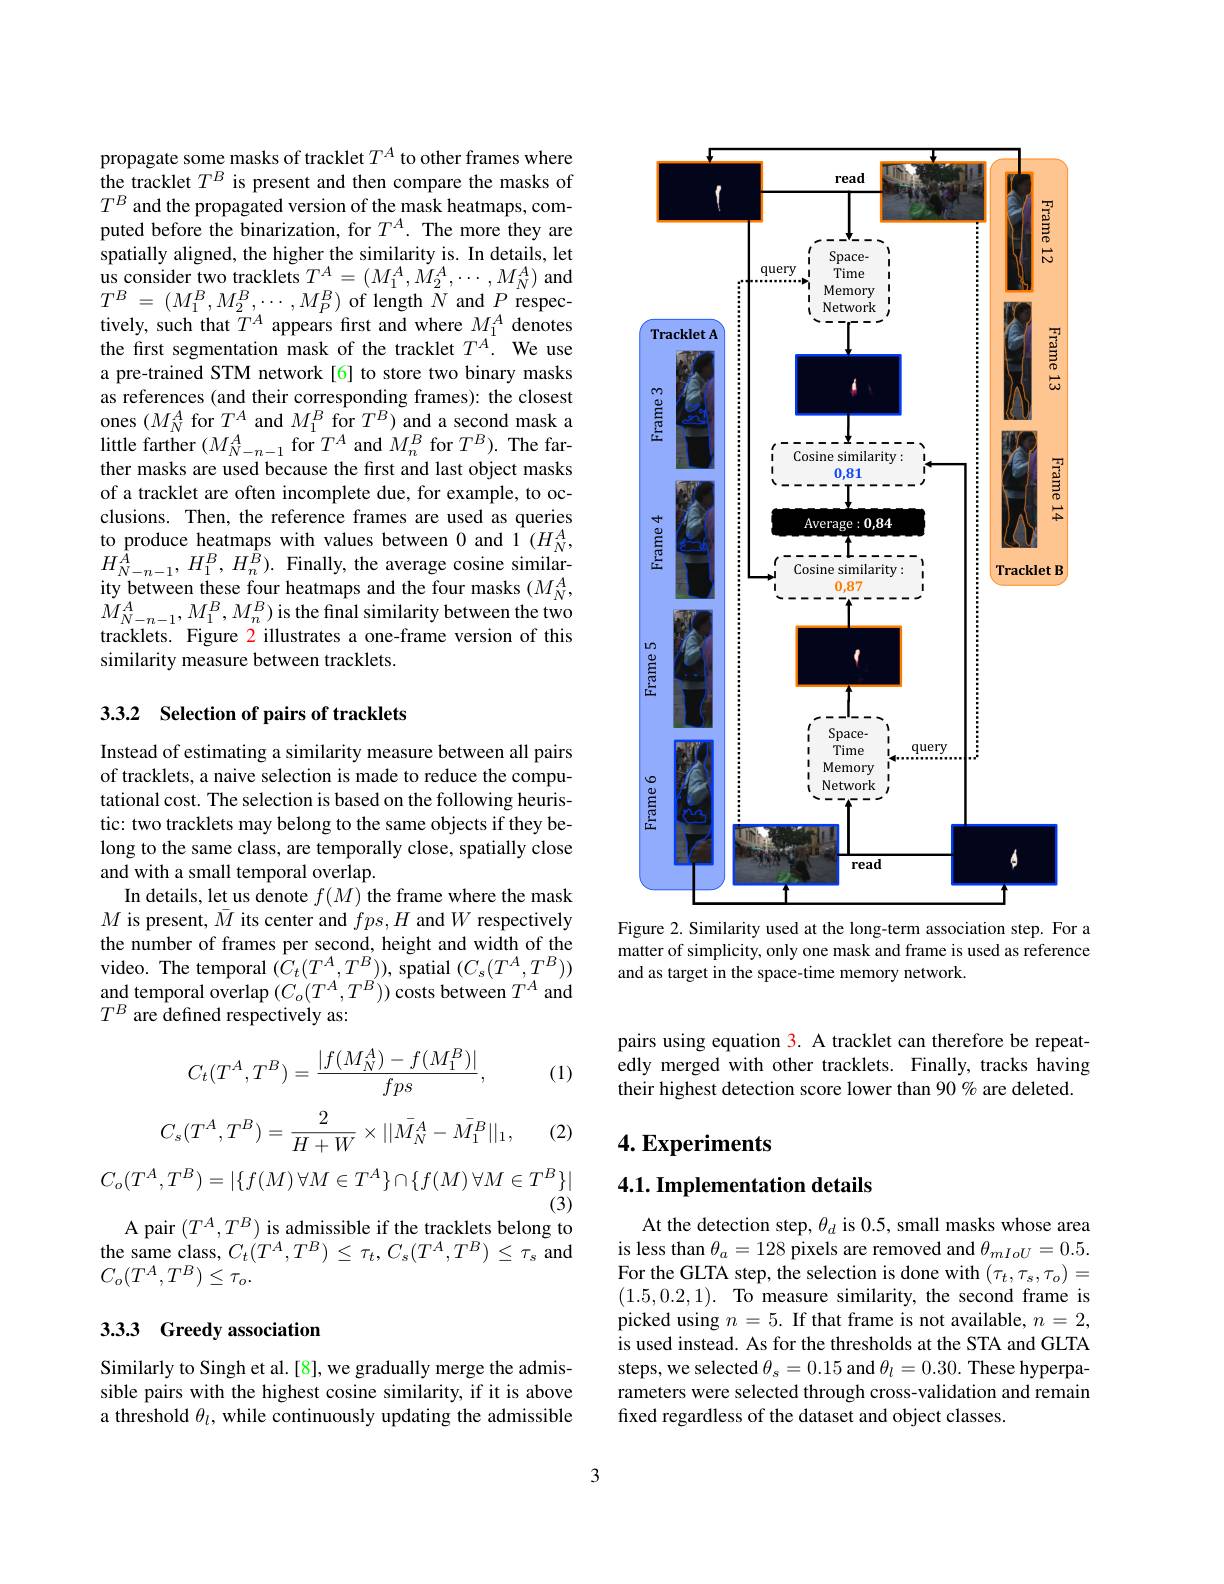
propagate some masks of tracklet $T^A$ to other frames where the tracklet $T^B$ is present and then compare the masks of $T^B$ and the propagated version of the mask heatmaps, computed before the binarization, for $T^A.$ The more they are spatially aligned, the higher the similarity is. In details, let $\begin{array}{l}{\mathrm{us~consider~two~tracklets~}T^{A}=(M_{1}^{A},\dot{M}_{2}^{A},\cdots,M_{N}^{A})\mathrm{~and}}\\{T^{B}\:=\:(M_{1}^{B},M_{2}^{B},\cdots,M_{P}^{B})\mathrm{~of~length~}N\mathrm{~and~}P\mathrm{~respec-}}\end{array}$ tively, such that $T^A$ appears first and where $M_1^A$ denotes the first segmentation mask of the tracklet $T^{A}.$ We use a pre-trained STM network [6] to store two binary masks as references (and their corresponding frames): the closest $\begin{array}{l}{\mathrm{ones~}(M_{N}^{A}\:\mathrm{for~}T^{A}\:\mathrm{and~}M_{1}^{B}\:\mathrm{for~}T^{B})\:\mathrm{and~a~second~mask~a}}\\{\mathrm{little~farther~}(M_{N-n-1}^{A}\:\mathrm{for~}T^{A}\:\mathrm{and~}M_{n}^{B}\:\mathrm{for~}T^{B}).\:\mathrm{The~far-}}\end{array}$ ther masks are used because the first and last object masks of a tracklet are often incomplete due, for example, to occlusions. Then, the reference frames are used as queries to produce heatmaps with values between 0 and $\hat{1}\left(H_N^A,\right)$ $H_{N-n-1}^{A},H_{1}^{B},H_{n}^{B}).$ Finally, the average cosine similarity between these four heatmaps and the four masks $(M_{N}^{A}$, $\dot{M}_{N-n-1}^{A},M_{1}^{B},M_{n}^{B})$is the final similarity between the two tracklets. Figure 2 illustrates a one-frame version of this similarity measure between tracklets.

## 3.3.2 Selection of pairs of tracklets

Instead of estimating a similarity measure between all pairs of tracklets, a naive selection is made to reduce the computational cost. The selection is based on the following heuristic: two tracklets may belong to the same objects if they belong to the same class, are temporally close, spatially close and with a small temporal overlap.
In details, let us denote $f(M)$ the frame where the mask $M$ is present, $\bar{M}$ its center and $fps,H$ and $W$ respectively the number of frames per second, height and width of the video. The temporal $(\dot{C}_{t}(T^{A},T^{B}))$, spatial $(C_{s}(T^{A},T^{B}))$ and temporal overlap $(C_o(T^A,T^B))$ costs between $T^A$ and $T^B$ are defined respectively as:

(1)
$$C_t(T^A,T^B)=\frac{|f(M_N^A)-f(M_1^B)|}{fps},$$
$$C_s(T^A,T^B)=\frac{2}{H+W}\times||\bar{M_N^A}-\bar{M_1^B}||_1,$$
(2)
$$C_{o}(T^{A},T^{B})=|\{f(M)\:\forall M\in T^{A}\}\cap\{f(M)\:\forall M\in T^{B}\}|$$
(3)
A pair $(T^A,T^B)$ is admissible if the tracklets belong to the same class, $C_t(T^A,T^B)\leq\tau_t,C_s(T^A,T^B)\leq\tau_s$ and $C_{o}(T^{A},T^{B})\leq\tau_{o}.$

## 3.3.3 Greedy association

Similarly to Singh et al.[8], we gradually merge the admissible pairs with the highest cosine similarity, if it is above a threshold $\theta_l$, while continuously updating the admissible

<FigureHere>
Figure 2. Similarity used at the long-term association step. For a

matter of simplicity, only one mask and frame is used as reference
and as target in the space-time memory network.

pairs using equation 3. A tracklet can therefore be repeatedly merged with other tracklets. Finally, tracks having their highest detection score lower than 90% are deleted.

$4. \textbf{Experiments}$

# 4.1. Implementation details

At the detection step, $\theta_d$ is 0.5, small masks whose area is less than $\theta_a=128$ pixels are removed and $\theta_{mIoU}=0.5.$ For the GLTA step, the selection is done with $(\tau_t,\tau_s,\tau_o)=$ (1.5,0.2,1). To measure similarity, the second frame is picked using $n=5.$ If that frame is not available, $n=2$, is used instead. As for the thresholds at the STA and GLTA steps, we selected $\theta_s=0.15$ and $\theta_l=0.30.$ These hyperparameters were selected through cross-validation and remain fixed regardless of the dataset and object classes.

3